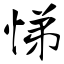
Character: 悌